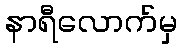
နာရီလောက်မှ